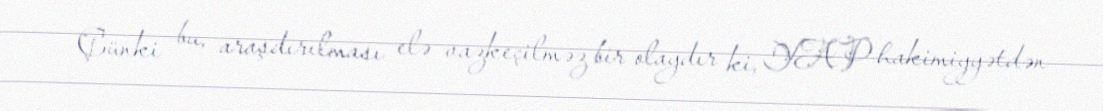
Çünki bu, araşdırılması elə vazkeçilməz bir olaydır ki, YAP hakimiyyətdən